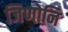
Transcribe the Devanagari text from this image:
जिणोनि